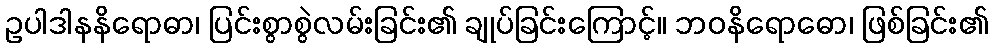
ဥပါဒါနနိရောဓာ၊ ပြင်းစွာစွဲလမ်းခြင်း၏ ချုပ်ခြင်းကြောင့်။ ဘဝနိရောဓော၊ ဖြစ်ခြင်း၏